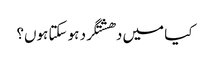
کیا میں دھشتگرد ہو سکتا ہوں؟